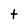
Character: t